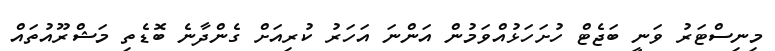
މިނިސްޓަރު ވަނީ ބަޖެޓް ހުށަހަޅުއްވަމުން އަންނަ އަހަރު ކުރިއަށް ގެންދާނެ ބޮޑެތި މަޝްރޫއުތައް